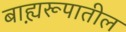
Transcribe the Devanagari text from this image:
बाह्य़रूपातील